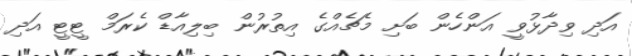
އަދި ވިދާޅުވީ އަންހެން ބަށި މެޗެއްގެ އިތުރުން ބިލިއާޑް ކެރަމް ޓީޓީ އަދި